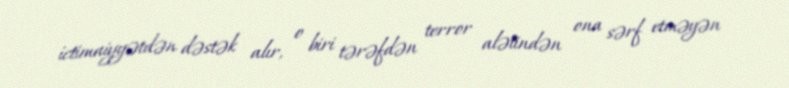
ictimaiyyətdən dəstək alır, o biri tərəfdən terror alətindən ona sərf etməyən